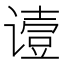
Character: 𬤞